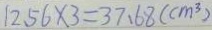
1 2 . 5 6 \times 3 = 3 7 . 6 8 ( c m ^ { 3 } )